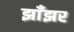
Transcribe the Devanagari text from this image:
झाँझर